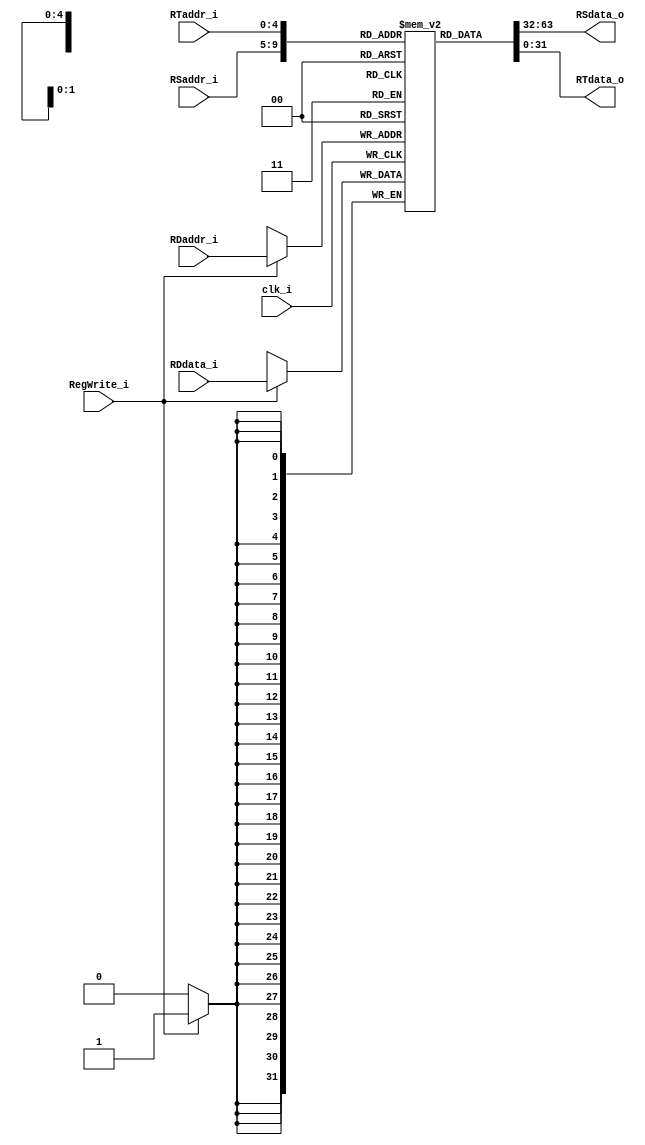
module Registers
(
    clk_i,
    RSaddr_i,
    RTaddr_i,
    RDaddr_i, 
    RDdata_i,
    RegWrite_i, 
    RSdata_o, RTdata_o 
);

// Ports
input               clk_i;
input   [4:0]       RSaddr_i;
input   [4:0]       RTaddr_i;
input   [4:0]       RDaddr_i;
input   [31:0]      RDdata_i;
input               RegWrite_i;
output  [31:0]      RSdata_o; 
output  [31:0]      RTdata_o;

// Register File
reg     [31:0]      register        [0:31];

// Read Data      
assign  RSdata_o = register[RSaddr_i];
assign  RTdata_o = register[RTaddr_i];

// Write Data   
always@(negedge clk_i) begin
  //$display("rd: %b", RDdata_i);
  //$display("rd_addr: %b", RDaddr_i);
    if(RegWrite_i)
        register[RDaddr_i] <= RDdata_i;
end
   
endmodule